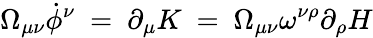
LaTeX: \Omega_{\mu\nu}\dot{\phi}^{\nu}~=~\partial_{\mu}K~=~\Omega_{\mu\nu}\omega^{\nu\rho}\partial_{\rho}H